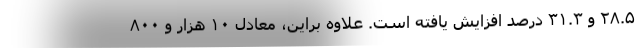
۲۸.۵ و ۳۱.۳ درصد افزایش یافته است. علاوه براین، معادل ۱۰ هزار و ۸۰۰